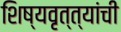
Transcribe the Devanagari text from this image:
शिष्यवृत्त्यांची